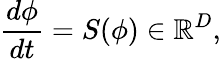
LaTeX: \frac{d\phi}{dt}={S}(\phi)\in\mathbb{R}^{D},